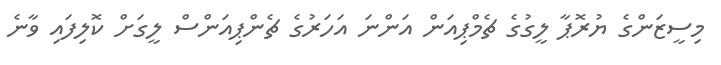
މިސީޒަންގެ ޔުރޮޕާ ލީގުގެ ޗެމްޕިއަން އަންނަ އަހަރުގެ ޗެންޕިއަންސް ލީގަށް ކޮލިފައި ވާނެ